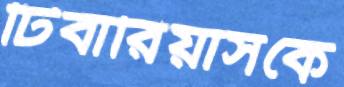
টিবারিয়াসকে